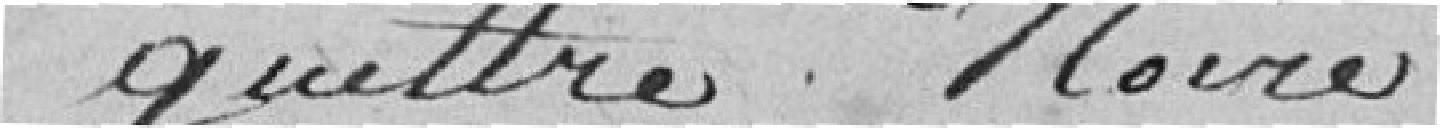
guêtres noires